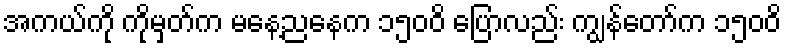
အကယ်ကို ကိုမှတ်က မနေ့ညနေက ၁၅၀၀ိ ပြောလည်း ကျွန်တော်က ၁၅၀၀ိ